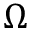
\Omega